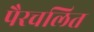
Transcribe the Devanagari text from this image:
पैरचलित